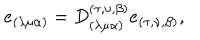
LaTeX: e _ { ( \lambda \mu \alpha ) } = D _ { ( \lambda \mu \alpha ) } ^ { ( \tau , \nu , \beta ) } e _ { ( \tau , \nu , \beta ) } ,